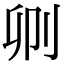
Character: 𠛓